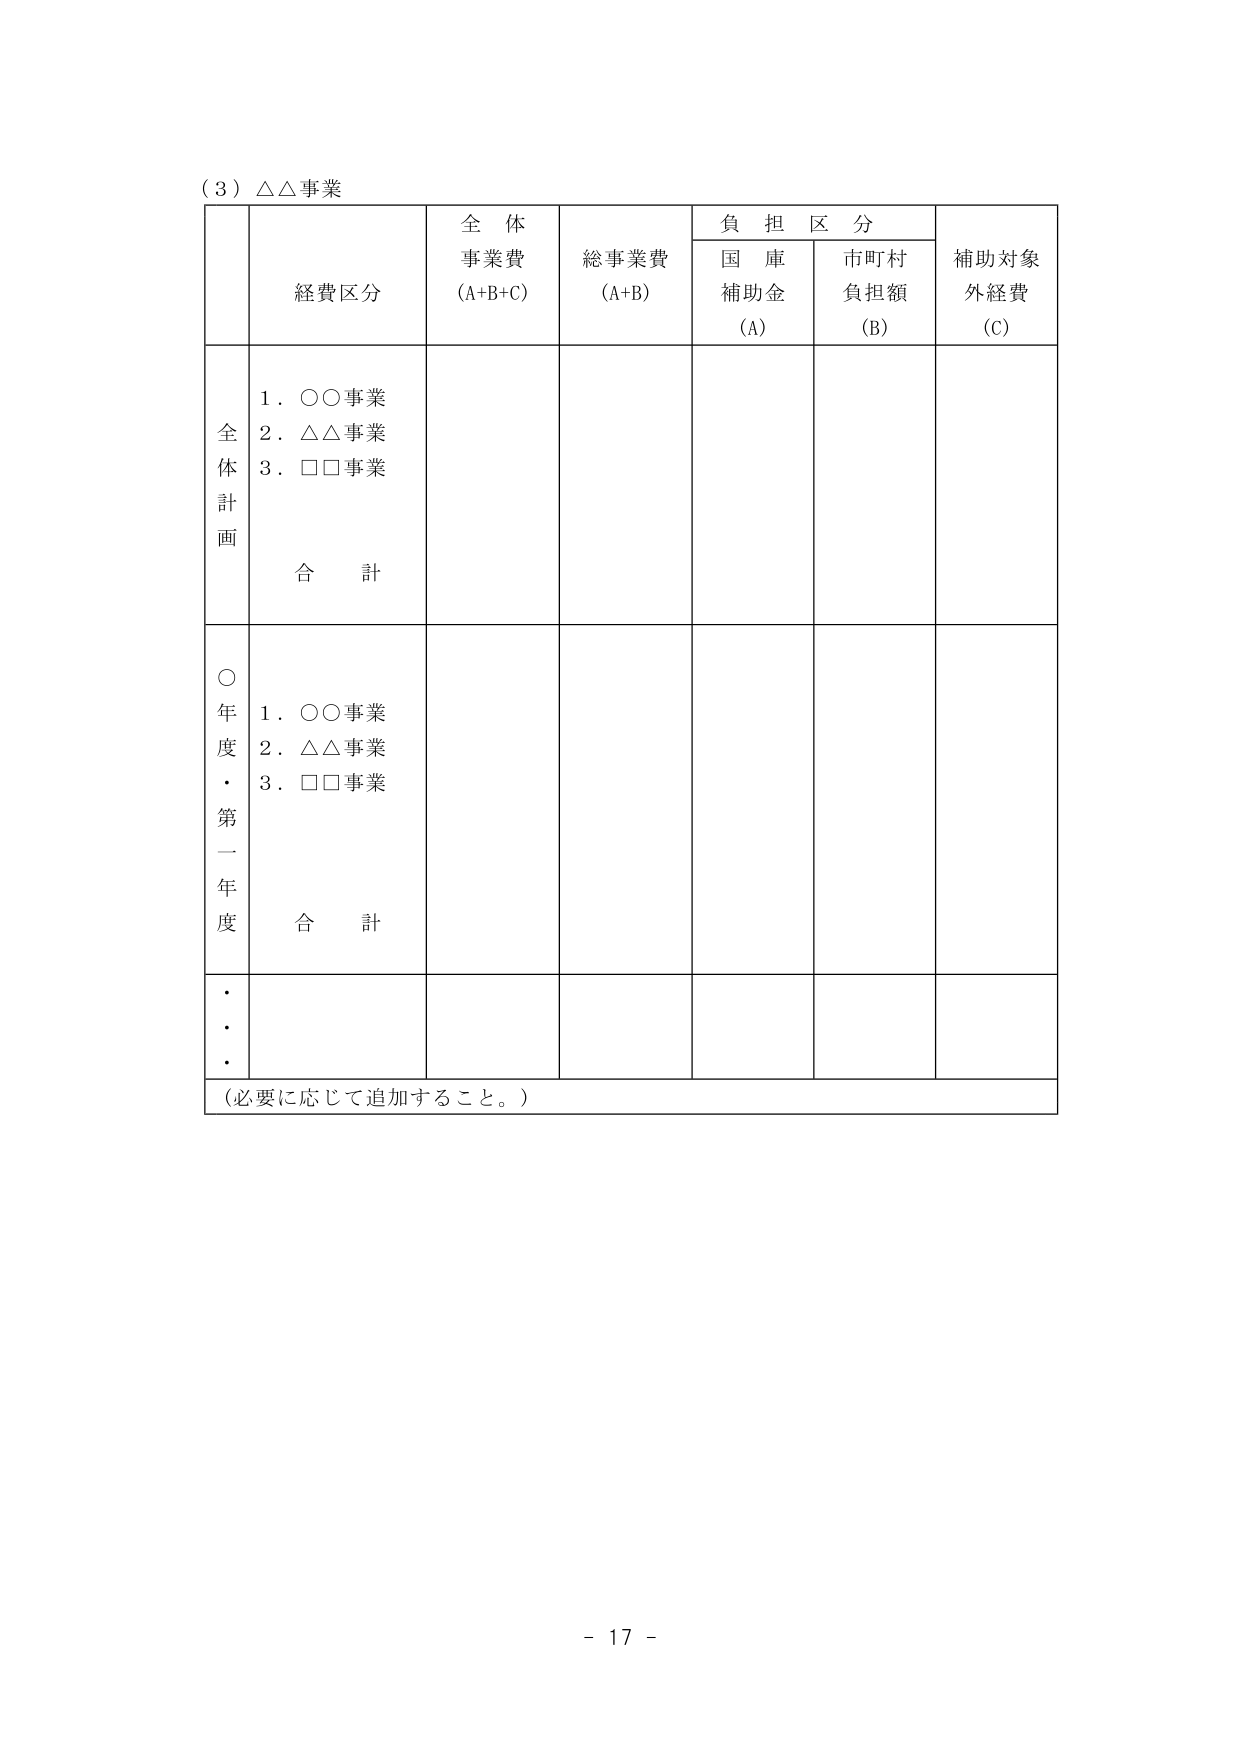
（３）△△事業

経費区分　　　　　全体事業費（A+B+C）　　総事業費（A+B）　　負担区分　　　　　補助対象外経費（C）
　　　　　　　　　　　　　　　　　　　　国庫補助金（A）　　市町村負担額（B）

全体計画
　　１．○○事業
　　２．△△事業
　　３．□□事業
　　　　合計

○年度・第一年度
　　１．○○事業
　　２．△△事業
　　３．□□事業
　　　　合計

・・・・

（必要に応じて追加すること。）

- 17 -